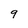
Character: 9